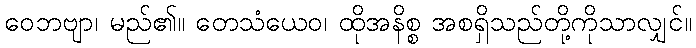
ဝေဘဗျာ၊ မည်၏။ တေသံယေဝ၊ ထိုအနိစ္စ အစရှိသည်တို့ကိုသာလျှင်။